Sleeping sickness
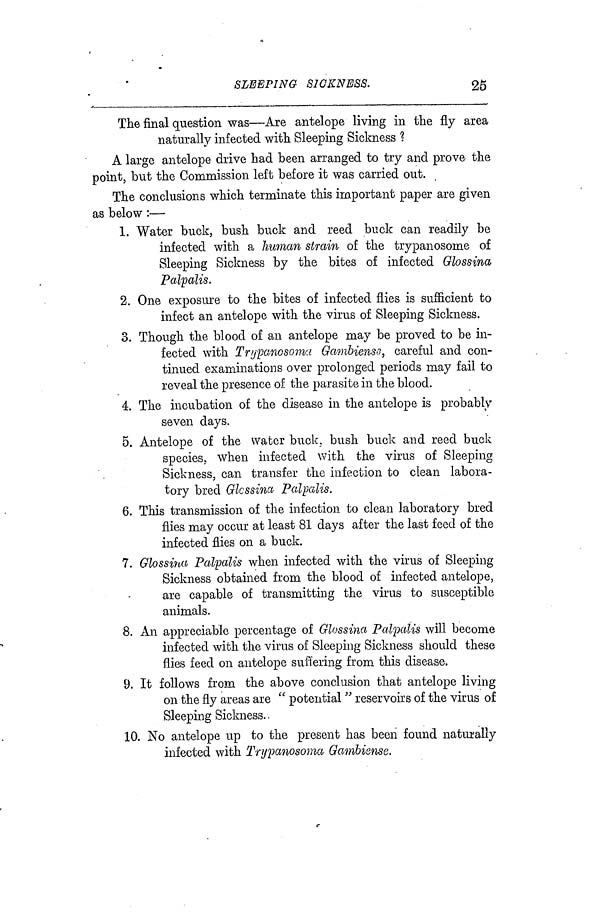
SLEEPING SICKNESS.
25
The final question was—Are antelope living in the fly area
naturally infected with Sleeping Sickness ?
A large antelope drive had been arranged to try and prove the
point, but the Commission left before it was carried out.
The conclusions which terminate this important paper are given
as below :—
1. Water buck, bush buck and reed buck can readily be
infected with a human strain of the trypanosome of
Sleeping Sickness by the bites of infected Glossina
Palpalis.
2. One exposure to the bites of infected flies is sufficient to
infect an antelope with the virus of Sleeping Sickness.
3. Though the blood of an antelope may be proved to be in-
fected with Trypanosoniti Gambiensa, careful and con-
tinued examinations over prolonged periods may fail to
reveal the presence of the parasite in the blood.
4. The incubation of the disease in the antelope is probably
seven days.
5. Antelope of the water buck, bush buck and reed buck
species, when infected with the virus of Sleeping
Sickness, can transfer the infection to clean labora-
tory bred Gkssina Palpalis.
6. This transmission of the infection to clean laboratory bred
flies may occur at least 81 days after the last feed of the
infected flies on a buck.
7. Glossina Palpalis when infected with the virus of Sleeping
Sickness obtained from the blood of infected antelope,
are capable of transmitting the virus to susceptible
animals.
8. An appreciable percentage of Glossina Palpalis will become
infected with the virus of Sleeping Sickness should these
flies feed on antelope suffering from this disease.
9. It follows from the above conclusion that antelope living
on the fly areas are " potential " reservoirs of the virus of
Sleeping Sickness.
10. No antelope up to the present has been found naturally
infected with Trypanosonw, Gambisnse.